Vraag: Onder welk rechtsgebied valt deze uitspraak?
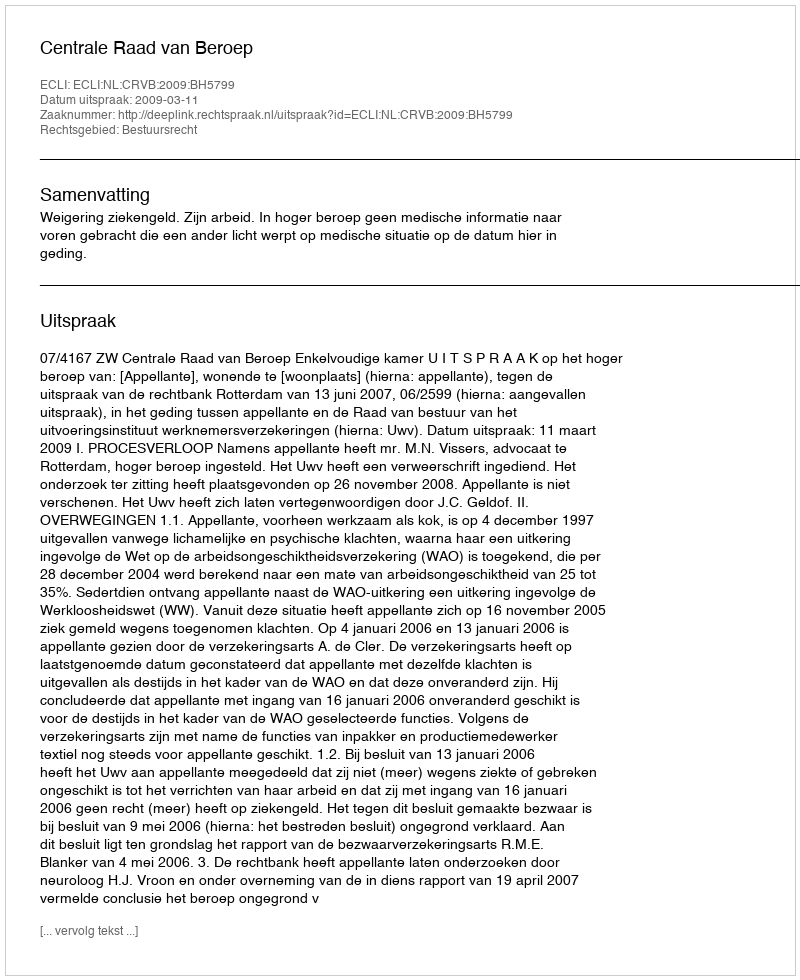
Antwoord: Bestuursrecht